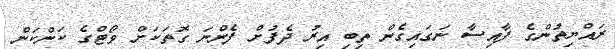
ރައްޔިތުންގެ ފާއިސާ ނަގައިގެން ތިބި އިރު ދެފުށް ފެންނަ ގޮތަކަށް ވޯޓްގެ ކަންކަން